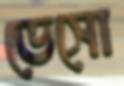
ভেসো